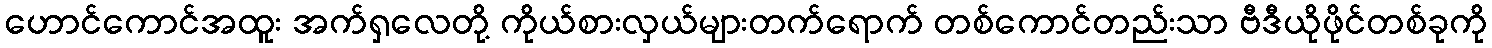
ဟောင်ကောင်အထူး အက်ရှလေတို့ ကိုယ်စားလှယ်များတက်ရောက် တစ်ကောင်တည်းသာ ဗီဒီယိုဖိုင်တစ်ခုကို